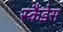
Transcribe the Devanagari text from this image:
स्कैंडेस